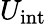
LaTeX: U_{\mathrm{int}}